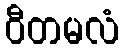
ဝီတမလံ